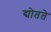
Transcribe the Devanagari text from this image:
द्योतते